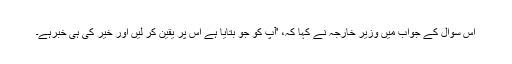
اس سوال کے جواب میں وزیر خارجہ نے کہا کہ، 'آپ کو جو بتایا ہے اس پر یقین کر لیں اور خیر کی ہی خبرہے۔